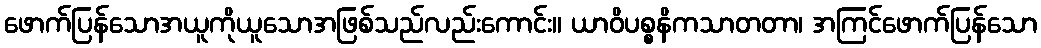
ဖောက်ပြန်သောအယူကိုယူသောအဖြစ်သည်လည်းကောင်း။ ယာဝိပစ္စနိကသာတတာ၊ အကြင်ဖောက်ပြန်သော